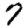
Digit: 7